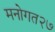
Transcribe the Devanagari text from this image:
मनोगत२७